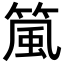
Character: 𬕜